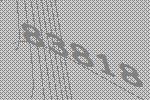
83818